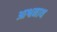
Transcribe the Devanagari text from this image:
आश्वनाथ